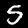
Digit: 5